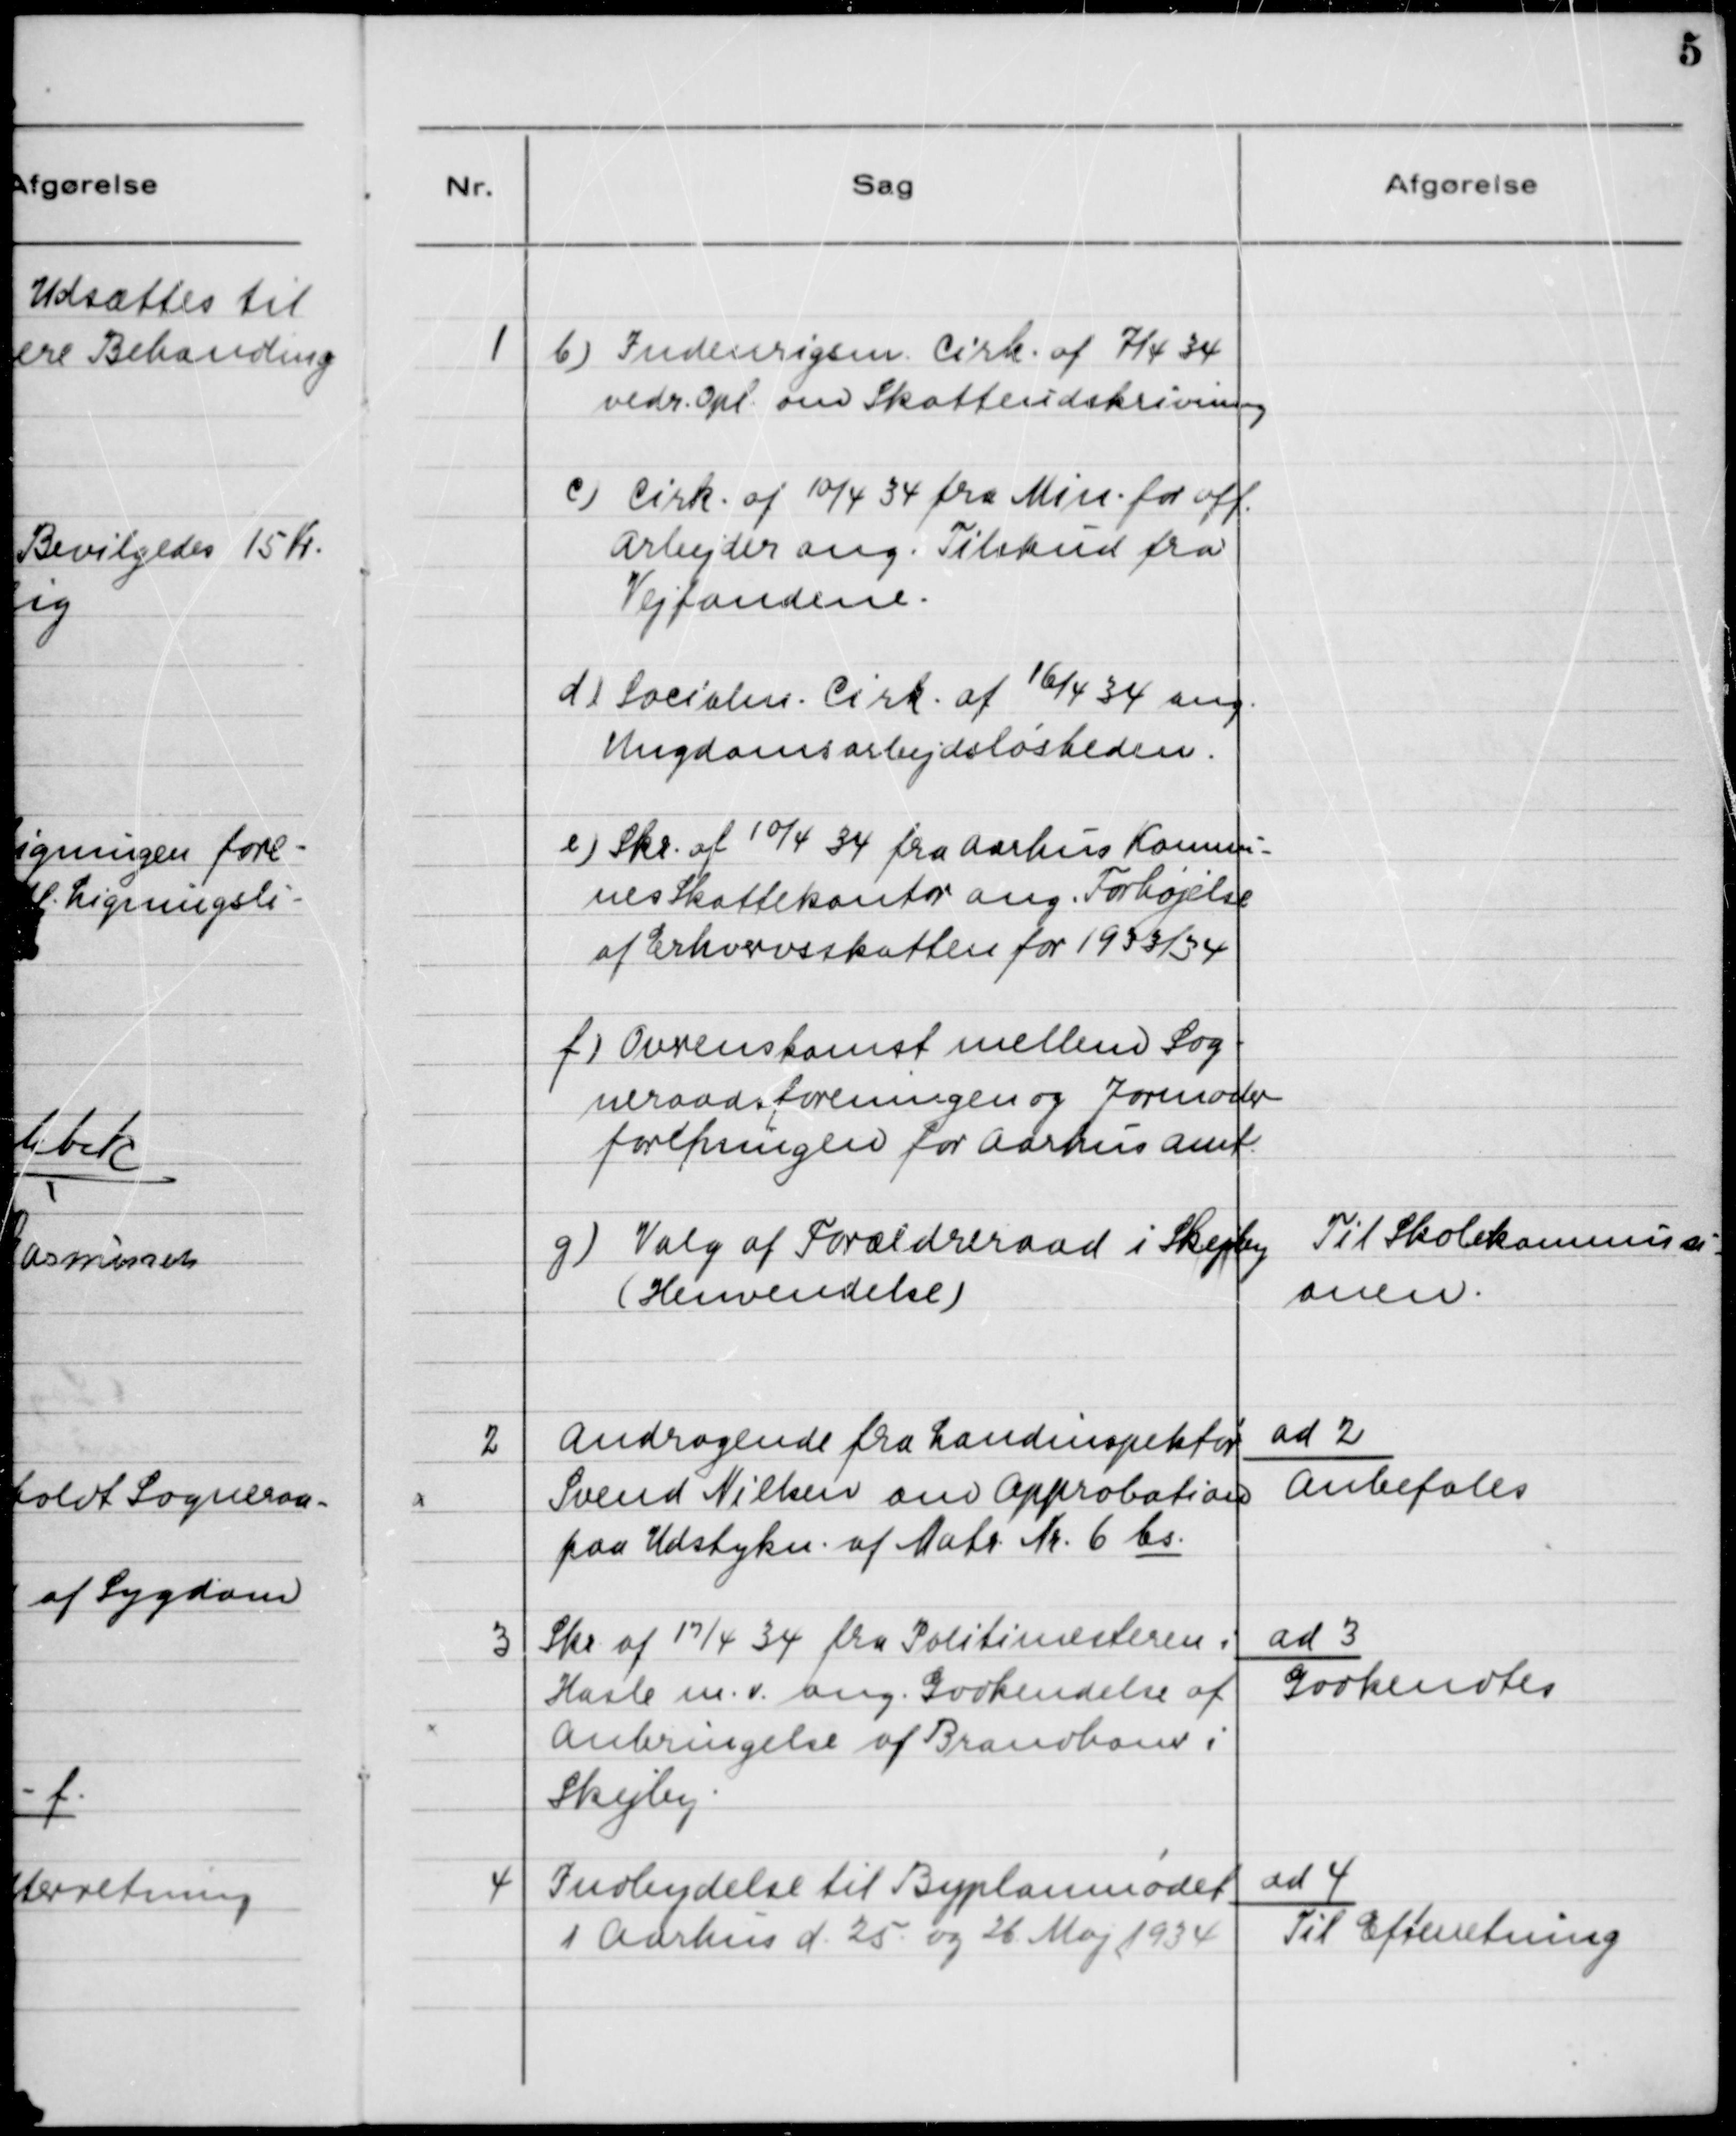
Transskription:
1

b) Indenrigsm. Cirk. af 7/4 34
vedr. Opl. om Skatteudskrivning
c) Cirk. af 10/4 34 fra Min. f. off.
Arbejder ang. Tilskud fra
Vejfondene.
d) Socialm. Cirk. af 16/4 34 ang.
Ungdomsarbejdsløsheden.
e) Skr. af 10/4 34 fra Aarhus Kommu-
nes Skattekontor ang. Forhøjelse
af Erhvervsskatten for 1933/34
f/ Overenskomst mellem Sog-
neraadsforeningen og Jordmoder-
foreningen for Aarhus Amt.

g) Valg af Forældreraad i Skejby
(Henvendelse)

Til Skolekommissi-
onen

2

Andragende fra Landinspektør
Svend Nielsen om Approbation
paa Udstykn. af Matr. Nr. 6 bs.

ad 2.
Anbefales

3

Skr. af 17/4 34 fra Politimesteren i
Hasle m.v. ang. Godkendelse af
Anbringelse af Brandhane i
Skejby.

ad 3.
Godkendtes

4

Indbydelse til Byplanmødet
i Aarhus d. 25. og 26. Maj 1934.

ad 4.
Til Efterretning